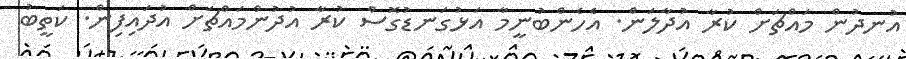
އުނދުން މައްޗަށް ކުރާ އުދާލަން. އެހެންބުނީމާ އަޅުގަނޑުގޮސް ކުރާ އުދުންމައްޗަށް އުދައިފިން. ކަތީބު